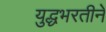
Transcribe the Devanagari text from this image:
युद्धभरतीने